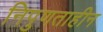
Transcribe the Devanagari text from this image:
निपुणताहीन